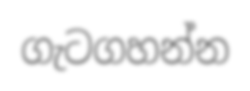
ගැටගහන්න